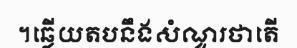
។ឆ្លើយតបនឹងសំណួរថាតើ